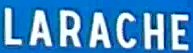
LARACHE